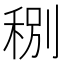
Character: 𥞲